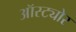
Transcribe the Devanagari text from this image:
ऑस्ट्योर